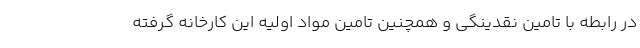
در رابطه با تامین نقدینگی و همچنین تامین مواد اولیه این کارخانه گرفته